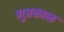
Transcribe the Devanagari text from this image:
गुप्तकाळ